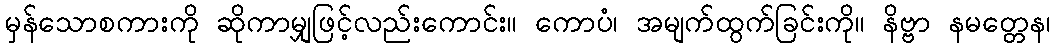
မှန်သောစကားကို ဆိုကာမျှဖြင့်လည်းကောင်း။ ကောပံ၊ အမျက်ထွက်ခြင်းကို။ နိဗ္ဗာ နမတ္တေန၊